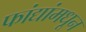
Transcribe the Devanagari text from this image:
फांद्यांमधून